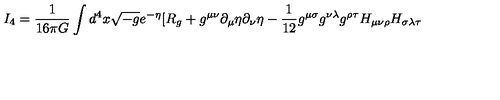
I _ { 4 } = \frac { 1 } { 1 6 \pi G } \int d ^ { 4 } x \sqrt { - g } e ^ { - \eta } [ R _ { g } + g ^ { \mu \nu } \partial _ { \mu } \eta \partial _ { \nu } \eta - \frac { 1 } { 1 2 } g ^ { \mu \sigma } g ^ { \nu \lambda } g ^ { \rho \tau } H _ { \mu \nu \rho } H _ { \sigma \lambda \tau }